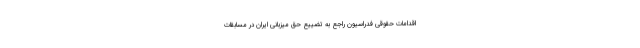
اقدامات حقوقی فدراسیون راجع به تضییع حق میزبانی ایران در مسابقات